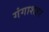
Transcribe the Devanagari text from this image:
गंगाशहर